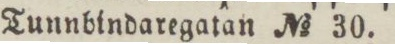
Tunnbindaregatan No 30.